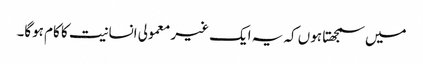
میں سمجھتا ہوں کہ یہ ایک غیر معمولی انسانیت کا کام ہوگا۔